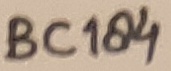
Text: BC184